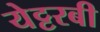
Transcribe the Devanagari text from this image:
येट्टरबी